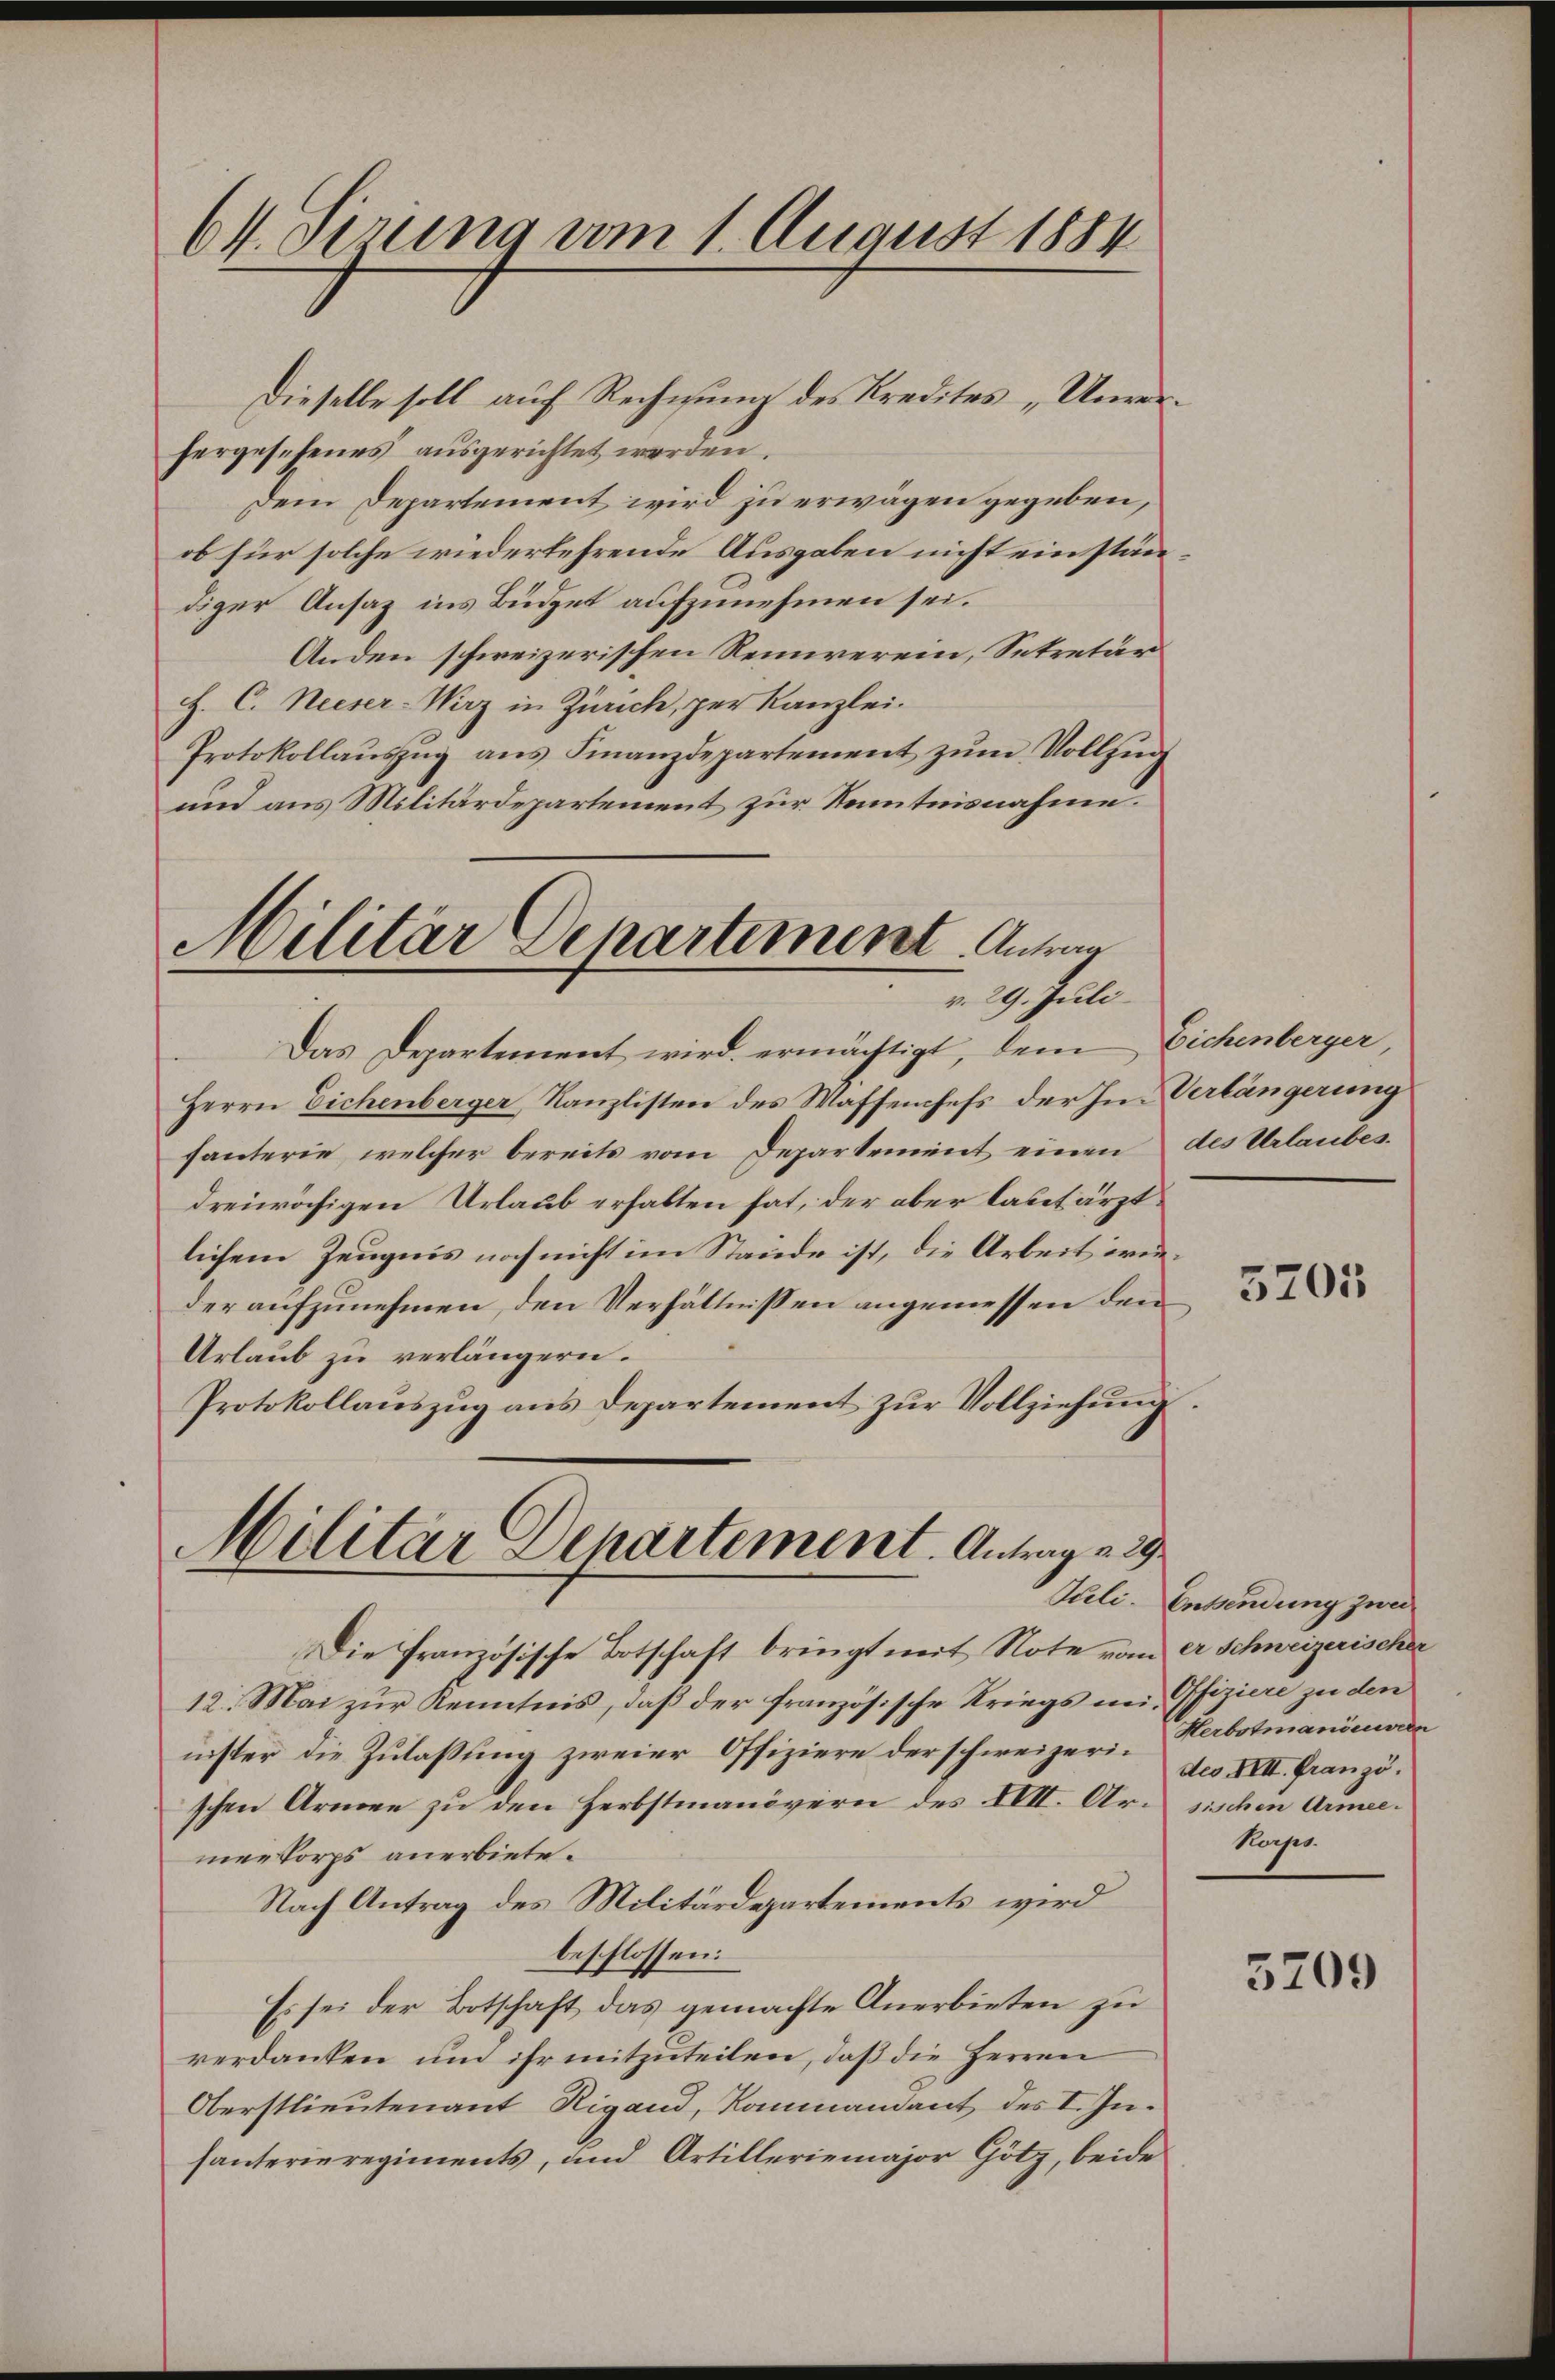
CV. Serung vom 1. August 1884

Dieselbe soll auf Rechnung des Kredites „Unver
hergesehenes aŭsgerichtet worden.
Dem Departement wird zu erwägen gegeben,
ob für solche wiederkehrende Ausgaben nicht ein ständiger Ansaz ins Büdget aufzunehmen sei.
Anden schweizerischen Reinverein, Sekretär
F. C. Neeser-Wirz in Zürich, per Kanzlei.
Protokollaŭszŭg ans Finanzdepartement zŭm Vollzŭg
und aus Militärdepartement zur Kenntnisnahme.

Militär Departement. Antrag
v. 29. Juli

Das Departement wird ermächtigt, dem Eichenberger
Herrn Eichenberger Kanzlisten des Waffenhefs der Im Verlängerung
fanterie, welcher bereits vom Departement einen des Urlaubesdreiwächigen Urlaub erhalten hat, der aber laut ärztlichem Zeugnis noch nicht im Stande ist, die Arbeit wieder aufzunehmen, den Verhältnissen angemessen den
Urlaub zu verlängern.
Protokollauszug aus Departement zur Vollziehung.

Militär Departement. Antrag v. 29

Die französische Botschaft bringt mit Note vom er Schweizerischer
12. Mai zur Kenntnis, daß der französische Kriegs in Ofiziere zu den
nister die Zulassung zweier Offiziere der schweizeri-Herbotmanömaen
schen Armee zu den Herbstmanövern des XVII. Arn sischen Armeemenkorps anerbiete.
Nach Antrag des Militärdepartements wird
beschlossen:
Es sei der Botschaft das gemachte Anerbieten zu
verdanken und ihr mitzuteilen, daß die Herren
Oberstlieutenant Rigand, Kommandant des I. Inhanterieregiments, und Artilleriemajor Götz, beide

e

5205

Pli-Entsendung zwei
des XVII. Franzö
korps.

5209